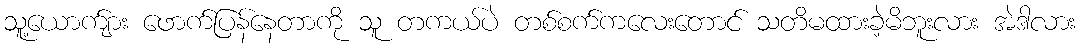
သူ့ယောက်ျား ဖောက်ပြန်နေတာကို သူ တကယ်ပဲ တစ်စက်ကလေးတောင် သတိမထားခဲ့မိဘူးလား အဲဒါလား